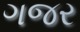
ગજર